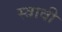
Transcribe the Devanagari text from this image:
स्त्रावी